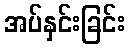
အပ်နှင်းခြင်း